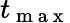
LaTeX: t_{\mathrm{~m~a~x~}}